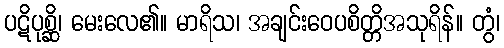
ပဋိပုစ္ဆိ၊ မေးလေ၏။ မာရိသ၊ အချင်းဝေပစိတ္တိအသုရိန်။ တွံ၊